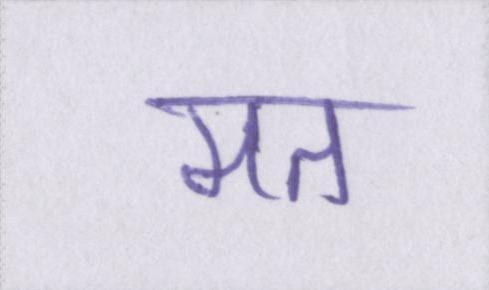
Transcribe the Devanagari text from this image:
मत